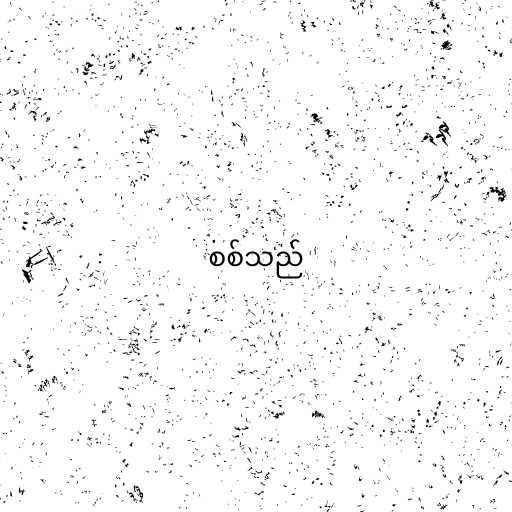
စစ်သည်